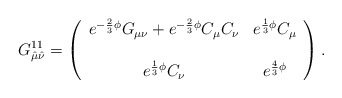
\begin{align*}G^{11}_{\hat\mu\hat\nu}=\left( \begin{array}{cc} e^{-\frac{2}{3}\phi}G_{\mu\nu}+e^{-\frac{2}{3}\phi}C_{\mu}C_{\nu} & e^{\frac{1}{3}\phi}C_{\mu} \\ & \\e^{\frac{1}{3}\phi}C_{\nu} & e^{\frac{4}{3}\phi} \end{array} \right). \end{align*}